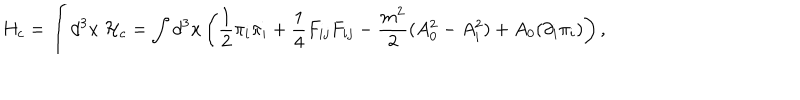
H _ { c } = { \displaystyle \int d ^ { 3 } x ~ { \cal H } _ { c } } = { \displaystyle \int d ^ { 3 } x \left( \frac { 1 } { 2 } { \pi _ { i } } { \pi _ { i } } + { \frac { 1 } { 4 } } F _ { i j } F _ { i j } - \frac { m ^ { 2 } } { 2 } ( A _ { 0 } ^ { 2 } - A _ { i } ^ { 2 } ) + A _ { 0 } ( { \partial _ { i } } \pi _ { i } ) \right) , }